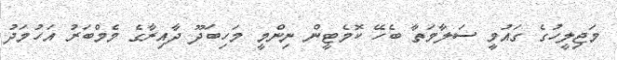
މަޖިލީހުގެ ގައުމީ ސަލާމަތާ ބެހޭ ކޮމެޓީން ނިންމީ މަހިބަދޫ ދާއިރާގެ މެމްބަރު އަހުމަދު